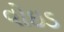
વોઇડ